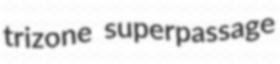
trizone superpassage